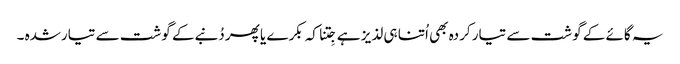
یہ گائے کے گوشت سے تیار کردہ بھی اُتنا ہی لذیز ہے جِتنا کہ بکرے یا پھر دُنبےکے گوشت سے تیارشدہ ۔